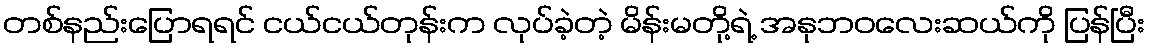
တစ်နည်းပြောရရင် ငယ်ငယ်တုန်းက လုပ်ခဲ့တဲ့ မိန်းမတို့ရဲ့ အနုဘဝလေးဆယ်ကို ပြန်ပြီး